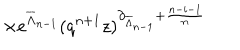
\hspace { 1 . 7 5 i n } \times e ^ { \overline { { { \Lambda } } } _ { n - 1 } } ( q ^ { n + 1 } z ) ^ { \partial _ { \overline { { { \Lambda } } } _ { n - 1 } } + \frac { n - i - 1 } { n } }